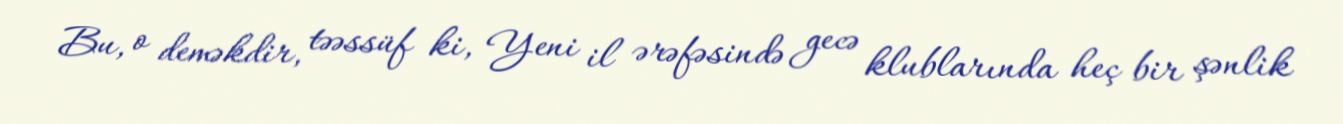
Bu, o deməkdir, təəssüf ki, Yeni il ərəfəsində gecə klublarında heç bir şənlik